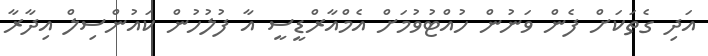
އަދި ގެތަކަށް ފެން ވަނުން ހުއްޓުވުމަށް އެމްއާރްޑީސީ އާ ފުލުހުން ކައުންސިލް އިދާރާ